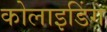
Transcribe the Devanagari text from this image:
कोलाइडिंग